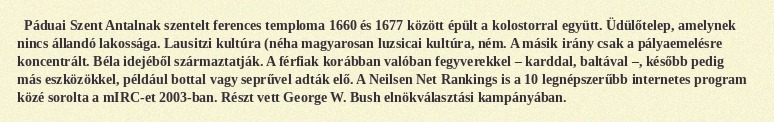
Páduai Szent Antalnak szentelt ferences temploma 1660 és 1677 között épült a kolostorral együtt. Üdülőtelep, amelynek nincs állandó lakossága. Lausitzi kultúra (néha magyarosan luzsicai kultúra, ném. A másik irány csak a pályaemelésre koncentrált. Béla idejéből származtatják. A férfiak korábban valóban fegyverekkel – karddal, baltával –, később pedig más eszközökkel, például bottal vagy seprűvel adták elő. A Neilsen Net Rankings is a 10 legnépszerűbb internetes program közé sorolta a mIRC-et 2003-ban. Részt vett George W. Bush elnökválasztási kampányában.